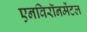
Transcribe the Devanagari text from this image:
एनविरॉनमेंटल